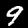
Label: 9